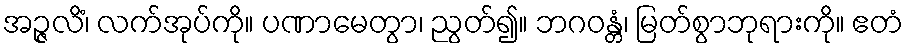
အဉ္ဇလိံ၊ လက်အုပ်ကို။ ပဏာမေတွာ၊ ညွတ်၍။ ဘဂဝန္တံ၊ မြတ်စွာဘုရားကို။ ဧတံ